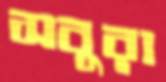
সবুরা